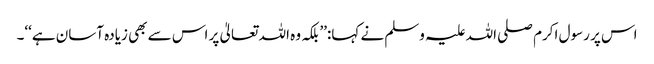
اس پر رسول اکرم صلی اللہ علیہ وسلم نے کہا:’’بلکہ وہ اللہ تعالیٰ پر اس سے بھی زیادہ آسان ہے‘‘۔